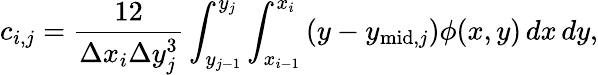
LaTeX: c_{i,j}=\frac{12}{\Delta x_{i}\Delta y_{j}^{3}}\int_{y_{j-1}}^{y_{j}}\int_{x_{i-1}}^{x_{i}}\left(y-y_{\mathrm{mid},j}\right)\phi(x,y)\, dx\, dy,